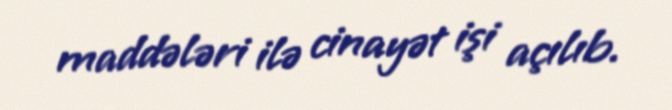
maddələri ilə cinayət işi açılıb.